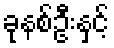
ခုနစ်ဦးနှင့်